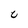
Character: C